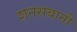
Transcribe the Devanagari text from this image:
शनसबानी